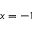
x = - 1